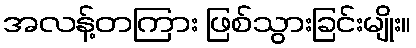
အလန့်တကြား ဖြစ်သွားခြင်းမျိုး။